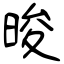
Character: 晙